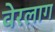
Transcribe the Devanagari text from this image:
वेरलाग